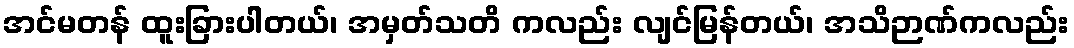
အင်မတန် ထူးခြားပါတယ်၊ အမှတ်သတိ ကလည်း လျင်မြန်တယ်၊ အသိဉာဏ်ကလည်း